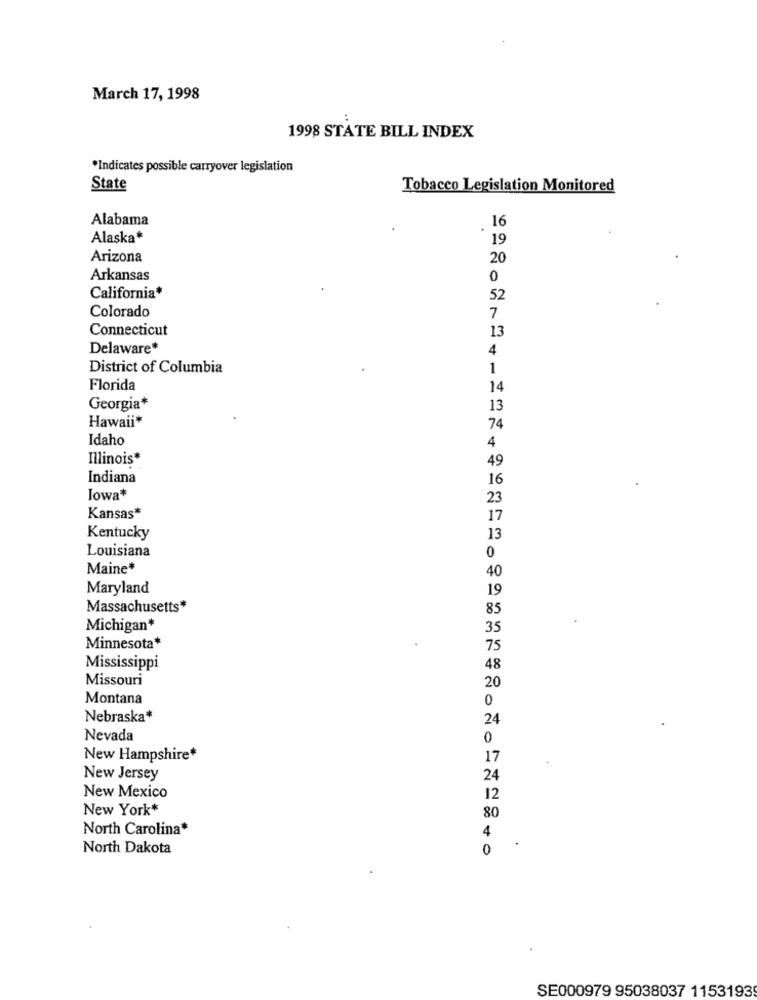
March 17, 1998
:
1998 STATE BILL INDEX
*Indicates possible carryover legislation
State
Tobacco Legislation Monitored
Alabama
16
Alaska*
19
Arizona
20
Arkansas
0
California*
52
Colorado
7
Connecticut
13
Delaware*
4
District of Columbia
1
Florida
14
Georgia*
13
Hawaii*
74
Idaho
4
Illinois*
49
Indiana
16
Iowa*
23
Kansas*
17
Kentucky
13
Louisiana
0
Maine*
40
Maryland
19
Massachusetts*
85
Michigan*
35
Minnesota*
75
Mississippi
48
Missouri
20
Montana
0
Nebraska*
24
Nevada
0
New Hampshire*
17
New Jersey
24
New Mexico
12
New York*
80
North Carolina*
4
North Dakota
0
SE000979 95038037 1153193